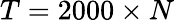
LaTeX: T=2000\times N